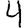
Digit: 4